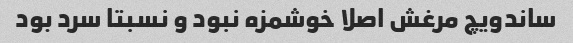
ساندویچ مرغش اصلا خوشمزه نبود و نسبتا سرد بود